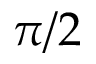
\pi / 2